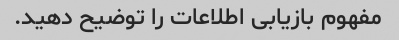
مفهوم بازیابی اطلاعات را توضیح دهید.